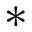
*